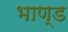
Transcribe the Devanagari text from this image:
भाण्ड